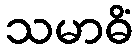
သမာဓိံ